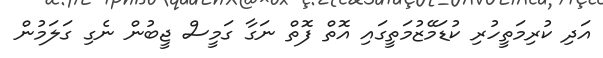
އަދި ކުރިމަތީހުރި ކުޑަމޭޒުމަތީގައި އޮތް ފޮތް ނަގާ ގަމީސް ޖީބުން ނެގި ގަލަމުން